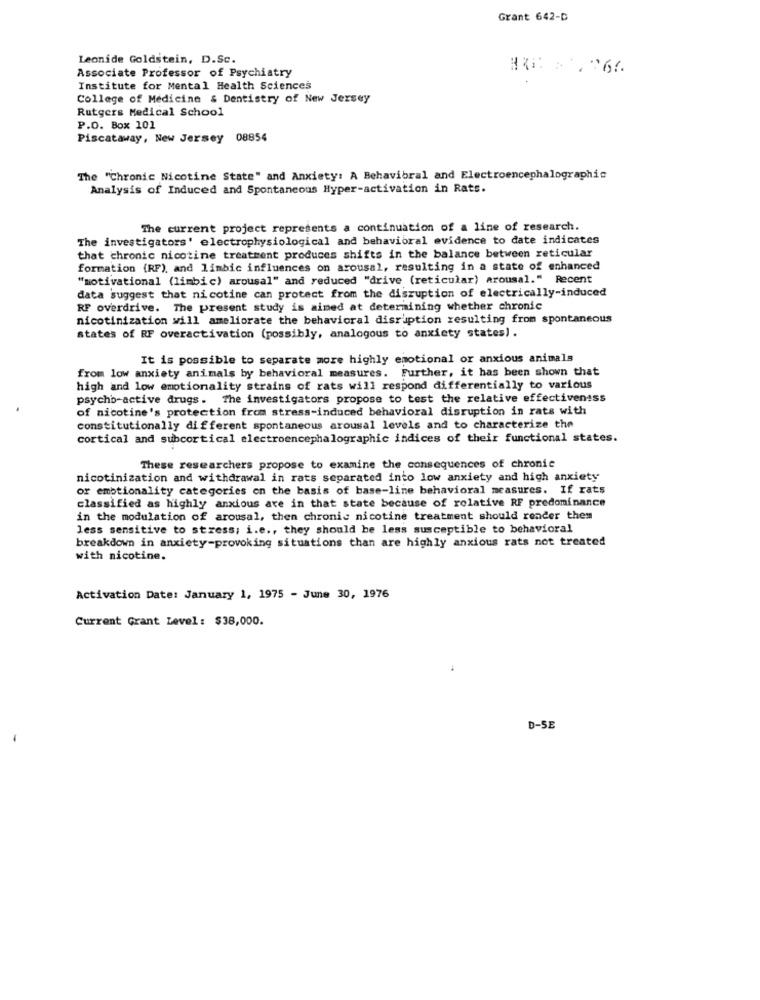
Grant 642-D
Leonide Goldstein, D.Sc.
Associate Professor of Psychiatry
Institute for Mental Health Sciences
College of Medicine & Dentistry of New Jersey
Rutgers Medical School
P.O. Box 101
Piscataway, New Jersey 08854
The "Chronic Nicotine State" and Anxiety: A Behavioral and Electroencephalographic
Analysis of Induced and Spontaneous Hyper-activation in Rats.
The current project represents a continuation of a line of research.
The investigators' electrophysiological and behavioral evidence to date indicates
that chronic nicotine treatment produces shifts in the balance between reticular
formation (RF), and limbic influences on arousal, resulting in a state of enhanced
"motivational (limbic) arousal" and reduced "drive (reticular) arousal." Recent
data suggest that nicotine can protect from the disruption of electrically-induced
RF overdrive. The present study is aimed at determining whether chronic
nicotinization will ameliorate the behavioral disruption resulting from spontaneous
states of RF overactivation (possibly, analogous to anxiety states).
It is possible to separate more highly emotional or anxious animals
from low anxiety animals by behavioral measures. Further, it has been shown that
high and low emotionality strains of rats will respond differentially to various
psychb-active drugs. The investigators propose to test the relative effectiveness
of nicotine's protection from stress-induced behavioral disruption in rats with
constitutionally different spontaneous arousal levels and to characterize the
cortical and subcortical electroencephalographic indices of their functional states.
These researchers propose to examine the consequences of chronic
nicotinization and withdrawal in rats separated into low anxiety and high anxiety
or emotionality categories on the basis of base-line behavioral measures. If rats
classified as highly anxious are in that state because of rolative RF predominance
in the modulation of arousal, then chronic nicotine treatment should render them
less sensitive to stress; i.e ., they should be less susceptible to behavioral
breakdown in anxiety-provoking situations than are highly anxious rats not treated
with nicotine.
Activation Date: January 1, 1975 - June 30, 1976
Current Grant Level : $38,000.
D-SE